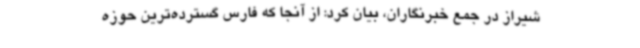
شیراز در جمع خبرنگاران، بیان کرد: از آنجا که فارس گسترده‌ترین حوزه